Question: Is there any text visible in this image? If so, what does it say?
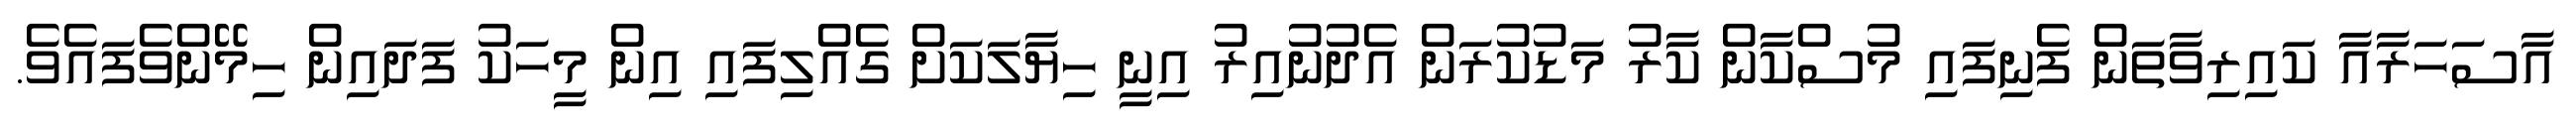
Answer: އާސަހަރާއާ ކައިރިވާތަން ފެނިފައި މުސްކާން ކާރު މަޑުކުރަން އެދުނުއިރު އިނީ ހިޔާލަކަށް ގެއްލިފައި އިން މީހަކު ފަދައިން ހިމޭންވެފައެވެ.